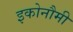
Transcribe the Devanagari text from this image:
इकोनौमी